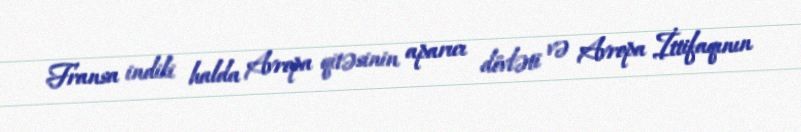
Fransa indiki halda Avropa qitəsinin aparıcı dövləti və Avropa İttifaqının